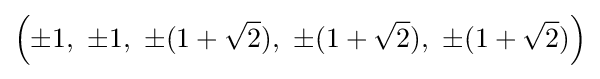
\left(\pm 1,\ \pm 1,\ \pm (1+{\sqrt {2}}),\ \pm (1+{\sqrt {2}}),\ \pm (1+{\sqrt {2}})\right)